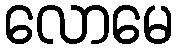
လောမေ